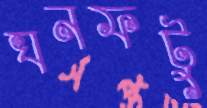
ঘনফটু